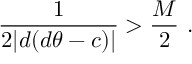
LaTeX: \frac { 1 } { 2 | d ( d \theta - c ) | } > \frac { M } { 2 } \ .